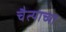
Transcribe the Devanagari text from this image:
चैत्याच्या